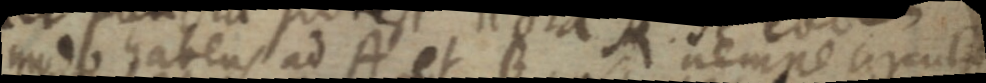
modo habens ad A et B _ nempe circuli